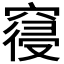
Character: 𮄎